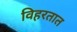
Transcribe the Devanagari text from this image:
विहरतात